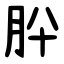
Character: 肸